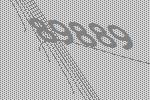
89889